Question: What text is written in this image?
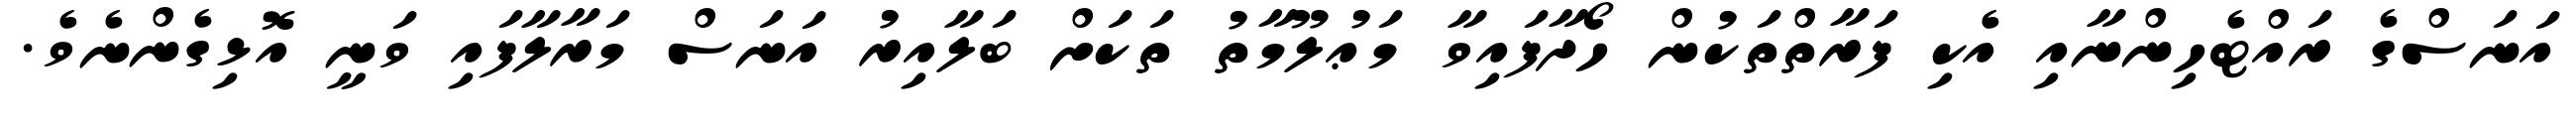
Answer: އަނަސްގެ ރައްޓެހިންނާއި އެކި ފަރާތްތަކުން ހޯދާފައިވާ މަޢުލޫމާތު ތަކަށް ބަލާއިރު އަނަސް މަރާލާފައި ވަނީ އޮޅިގެންނެވެ.